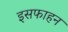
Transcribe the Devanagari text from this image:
इसफाहन